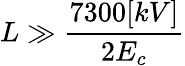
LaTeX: L\gg\frac{7300[kV]}{2E_{c}}